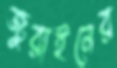
জুরাইনের